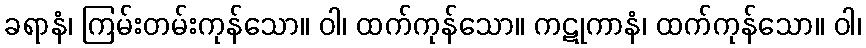
ခရာနံ၊ ကြမ်းတမ်းကုန်သော။ ဝါ၊ ထက်ကုန်သော။ ကဋုကာနံ၊ ထက်ကုန်သော။ ဝါ၊